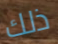
ذلك